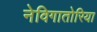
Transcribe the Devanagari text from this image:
नेविगातोरिया